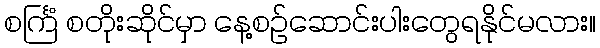
စင်္ကြံ စတိုးဆိုင်မှာ နေ့စဉ်ဆောင်းပါးတွေရနိုင်မလား။